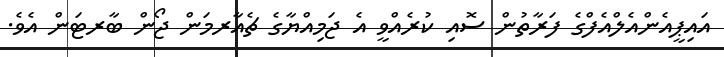
އައިޕީއެންއެލްއެފްގެ ފަރާތުން ސޮއި ކުރެއްވީ އެ ޖަމިއްޔާގެ ޗެއާރމަން ޖޯން ބާރޓަން އެވެ.